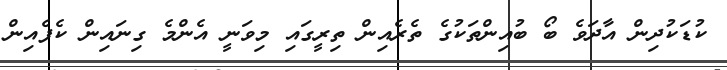
ކުޑަކުދިން އާދަވެ ބޯ ބުއިންތަކުގެ ތެރެއިން ތިރީގައި މިވަނީ އެންމެ ގިނައިން ކެފެއިން